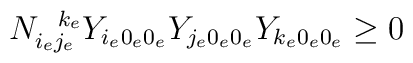
N_{i_ej_e}^{\;\;\;k_e}Y_{i_e0_e0_e}Y_{j_e0_e0_e}Y_{k_e0_e0_e} \geq 0